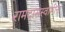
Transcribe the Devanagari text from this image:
रामदासस्वामींना